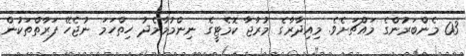
03 މެންބަރުންގެ މައްޗަށެވެ. މިއިދާރާގެ މުރާޖާ ކޮމެޓީގެ ނިންމުމާމެދު ހިތްހަމަ ނުޖެހޭ ފަރާތްތަކުން